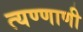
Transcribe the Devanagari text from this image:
त्यण्णाणी